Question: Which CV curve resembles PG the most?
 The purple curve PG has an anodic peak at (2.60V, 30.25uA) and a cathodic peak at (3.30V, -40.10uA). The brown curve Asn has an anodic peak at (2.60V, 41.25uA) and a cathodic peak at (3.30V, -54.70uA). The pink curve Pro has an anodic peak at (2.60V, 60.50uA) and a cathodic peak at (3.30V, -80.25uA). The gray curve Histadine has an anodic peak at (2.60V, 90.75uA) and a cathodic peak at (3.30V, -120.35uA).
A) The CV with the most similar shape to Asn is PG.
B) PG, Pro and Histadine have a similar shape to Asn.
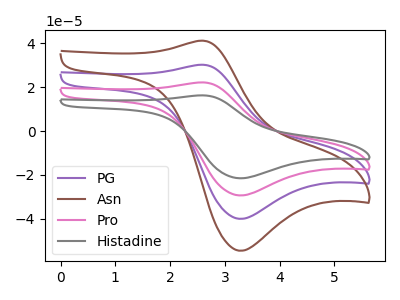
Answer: <think>All the peaks in "PG" have a peak in "Asn" at the same potential. Every peak in "PG" is lower than every peak in "Asn". All the peaks in "PG" have a peak in "Pro" at the same potential. Every peak in "PG" is lower than every peak in "Pro". All the peaks in "PG" have a peak in "Histadine" at the same potential. Every peak in "PG" is lower than every peak in "Histadine". All the peaks in "Asn" have a peak in "Pro" at the same potential. Every peak in "Asn" is lower than every peak in "Pro". All the peaks in "Asn" have a peak in "Histadine" at the same potential. Every peak in "Asn" is lower than every peak in "Histadine". All the peaks in "Pro" have a peak in "Histadine" at the same potential. Every peak in "Pro" is lower than every peak in "Histadine".
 </think>
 <answer>B) "PG", "Pro" and "Histadine" have a similar shape to "Asn".</answer>
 <eval>B</eval>